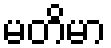
မတိမာ